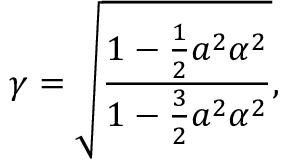
\gamma = \sqrt { \frac { 1 - \frac 1 2 { a ^ { 2 } \alpha ^ { 2 } } } { 1 - \frac { 3 } { 2 } a ^ { 2 } \alpha ^ { 2 } } } ,